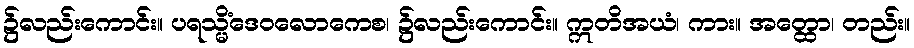
၌လည်းကောင်း။ ပရသ္မိံဒေဝလောကေစ၊ ၌လည်းကောင်း။ ဣတိအယံ၊ ကား။ အတ္ထော၊ တည်း။